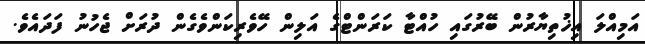
އަމިއްލަ އިޚުތިޔާރުން ބޭރުގައި ހުއްޓާ ކަރަންޓްގެ އަލިން ހޭވެރިކަންވެގެން ދުރަށް ޖެހުނު ފަދައެވެ.